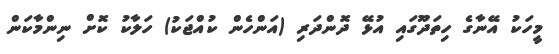
މީހަކު އޭނާގެ ހިތަދޫގައި އުޅޭ ދޮންދަރި (އަންހެން ކުއްޖަކު) ހަލާކު ކޮށް ނިންމާކަން